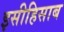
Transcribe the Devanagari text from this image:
इसीहिसाब